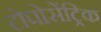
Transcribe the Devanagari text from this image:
टोपोसेंट्रिक